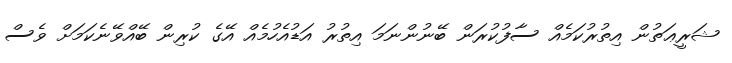
ޝަރީޢަތުން އިތުރުކަމެއް ސާފުކުރަން ބޭނުންނަމަ އިތުރު އަޑުއެހުމެއް އޭގެ ކުރިން ބޭއްވޭނެކަމަށް ވެސް